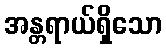
အန္တရာယ်ရှိသော